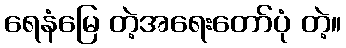
ရေနံမြေ တဲ့အရေးတော်ပုံ တဲ့။